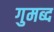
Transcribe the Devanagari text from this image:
गुमब्द